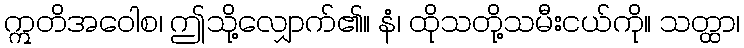
ဣတိအဝေါစ၊ ဤသို့လျှောက်၏။ နံ၊ ထိုသတို့သမီးငယ်ကို။ သတ္ထာ၊